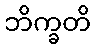
ဘိက္ခတိ